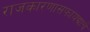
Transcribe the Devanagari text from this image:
राजकारणासफायद्याचे